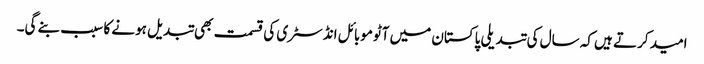
امید کرتے ہیں کہ سال کی تبدیلی پاکستان میں آٹوموبائل انڈسٹری کی قسمت بھی تبدیل ہونے کا سبب بنے گی۔